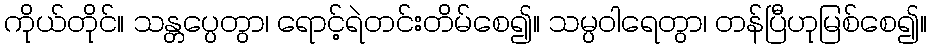
ကိုယ်တိုင်။ သန္တပ္ပေတွာ၊ ရောင့်ရဲတင်းတိမ်စေ၍။ သမ္ပဝါရေတွာ၊ တန်ပြီဟုမြစ်စေ၍။